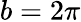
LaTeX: b=2\pi